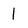
Character: 1